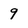
Character: 9